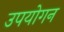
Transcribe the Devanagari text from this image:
उपयोगन